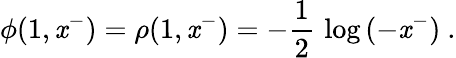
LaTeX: \phi(1,\mathit{x}^{-})=\rho(1,\mathit{x}^{-})=-{\frac{{1}}{{2}}}\, \log\, (-\mathit{x}^{-})~.